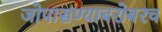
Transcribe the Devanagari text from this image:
जोपासण्याबरोबरच